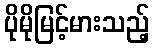
ပိုမိုမြင့်မားသည့်